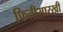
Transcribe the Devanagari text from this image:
फितीसारखी